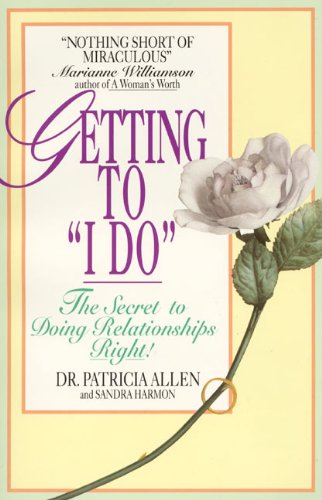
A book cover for Getting to 'I Do': The Secret to Doing Relationships Right!; Patricia Allen; Crafts, Hobbies & Home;